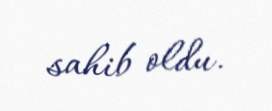
sahib oldu.